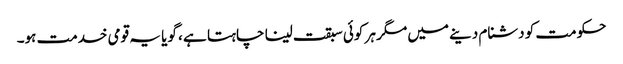
حکومت کو دشنام دینے میں مگر ہر کوئی سبقت لینا چاہتا ہے ، گویا یہ قومی خدمت ہو۔